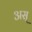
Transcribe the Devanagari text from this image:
अस्‌